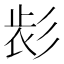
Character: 𢒕